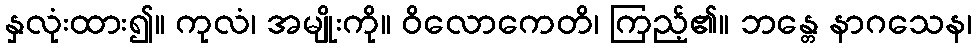
နှလုံးထား၍။ ကုလံ၊ အမျိုးကို။ ဝိလောကေတိ၊ ကြည့်၏။ ဘန္တေ နာဂသေန၊